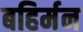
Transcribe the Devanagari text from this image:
बहिर्मन